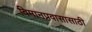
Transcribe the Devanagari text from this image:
विमानप्रवासासाठी